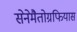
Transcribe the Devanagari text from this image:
सेनेमैतोग्रफियास